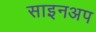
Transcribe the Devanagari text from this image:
साइनअप